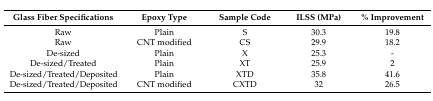
<table><thead><tr><td><b>Glass Fiber Specifications</b></td><td><b>Epoxy Type</b></td><td><b>Sample Code</b></td><td><b>ILSS (MPa)</b></td><td><b>% Improvement</b></td></tr></thead><tbody><tr><td>Raw</td><td>Plain</td><td>S</td><td>30.3</td><td>19.8</td></tr><tr><td>Raw</td><td>CNT modified</td><td>CS</td><td>29.9</td><td>18.2</td></tr><tr><td>De-sized</td><td>Plain</td><td>X</td><td>25.3</td><td>-</td></tr><tr><td>De-sized/Treated</td><td>Plain</td><td>XT</td><td>25.9</td><td>2</td></tr><tr><td>De-sized/Treated/Deposited</td><td>Plain</td><td>XTD</td><td>35.8</td><td>41.6</td></tr><tr><td>De-sized/Treated/Deposited</td><td>CNT modified</td><td>CXTD</td><td>32</td><td>26.5</td></tr></tbody></table>